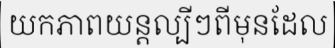
យកភាពយន្តល្បីៗពីមុនដែល